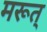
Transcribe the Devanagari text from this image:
मरूत्